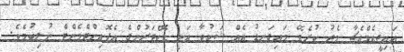
އައިޖީއެމްއެޗާ މެދު ކުރެވޭ މައިގަނޑު އެއް ޝަކުވާ އަކީ ޑޮކްޓަރުންގެ އެޕޮއިންޓްމެންޓް ނުލިބުމެވެ.